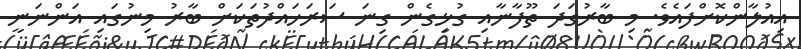
އިއުލާންކޮށްފައެވެ. މި ބާރުގަދަ ތޫފާނާއި ގުޅިގެން ގިނަ ސަރަހައްދުތަކަށް ބާރު މިނުގައި އަންނަނީ